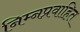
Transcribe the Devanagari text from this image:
निम्नप्रवाहित